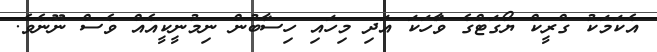
އެކަމަކު ގްރީކް ޔޯގަޓްގެ ވާަހަކަ އަދި މިހައި ހިސާބުން ނިމުނީކީއެއް ވެސް ނޫނެވެ.